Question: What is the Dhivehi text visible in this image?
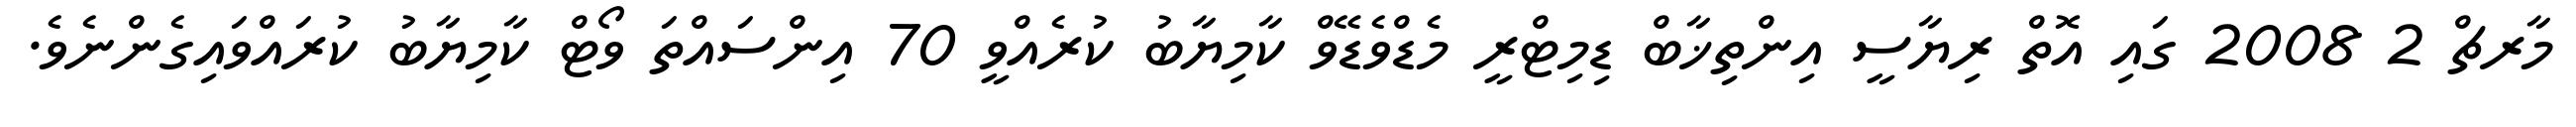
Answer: މާރޗް 2 2008 ގައި އޮތް ރިޔާސީ އިންތިޚާބް ޑިމިޓްރީ މެޑްވެޑޭވް ކާމިޔާބު ކުރެއްވީ 70 އިންސައްތަ ވޯޓް ކާމިޔާބު ކުރައްވައިގެންނެވެ.